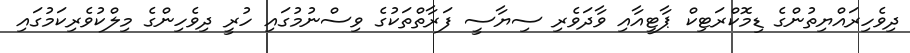
ދިވެހިރައްޔިތުންގެ ޑިމޮކްރަޓިކް ޕާޓީއާއި ވާދަވެރި ސިޔާސީ ފަރާތްތަކުގެ ވިސްނުމުގައި ހުރީ ދިވެހިންގެ މިލްކުވެރިކަމުގައި